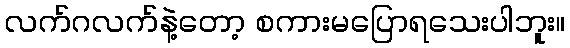
လက်ဂလက်နဲ့တော့ စကားမပြောရသေးပါဘူး။